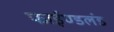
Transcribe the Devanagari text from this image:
फाईण्डलंड